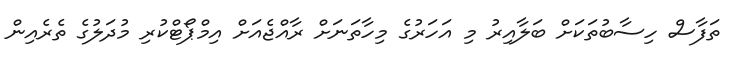
ތަފާސް ހިސާބުތަކަށް ބަލާއިރު މި އަހަރުގެ މިހާތަނަށް ރާއްޖެއަށް އިމްޕޯޓްކުރި މުދަލުގެ ތެރެއިން